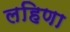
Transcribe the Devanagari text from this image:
लहिणा